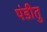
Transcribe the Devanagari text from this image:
पंडीतु